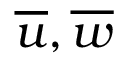
\overline { { u } } , \overline { { w } }